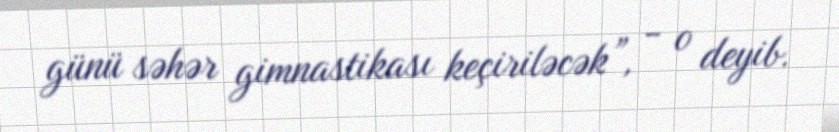
günü səhər gimnastikası keçiriləcək”, - o deyib.